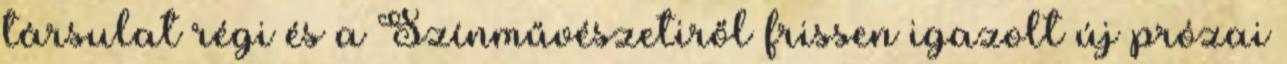
társulat régi és a Színművészetiről frissen igazolt új prózai